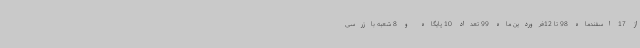
از 17 اسفندماه 98 تا 12فروردین ماه 99 تعداد 10 پایگاه و 8 شعبه بازرسی